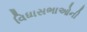
વિધાસભાઓની